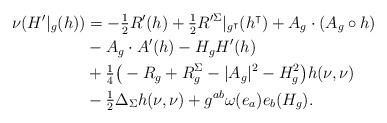
LaTeX: \begin{align*}\nu (H'|_g(h))& = - \tfrac{1}{2} R'(h) + \tfrac{1}{2} R'^\Sigma|_{g^\intercal} (h^\intercal) + A_g \cdot (A_g \circ h) \\&- A_g \cdot A'(h) -H_g H'(h) \\&+ \tfrac{1}{4}\big( - R_g +R^\Sigma_g - |A_g|^2 - H_{g}^2\big)h(\nu, \nu)\\&- \tfrac{1}{2}\Delta_\Sigma h(\nu, \nu) + g^{ab} \omega (e_a) e_b(H_g).\end{align*}